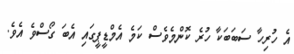
އެ ހުރިހާ ސަބަބަކާ ހުރެ ކޮންމެވެސް ކަމެ އެމްޑީޕީގައި އެބަ ގޯސްވެ އެވެ.